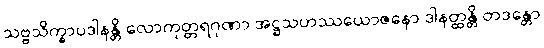
သဗ္ဗသိက္ခာပဒါနန္တိ လောကုတ္တရဂုဏာ အဋ္ဌသဟဿယောဇနော ဒါနတ္ထန္တိ တဒန္တော